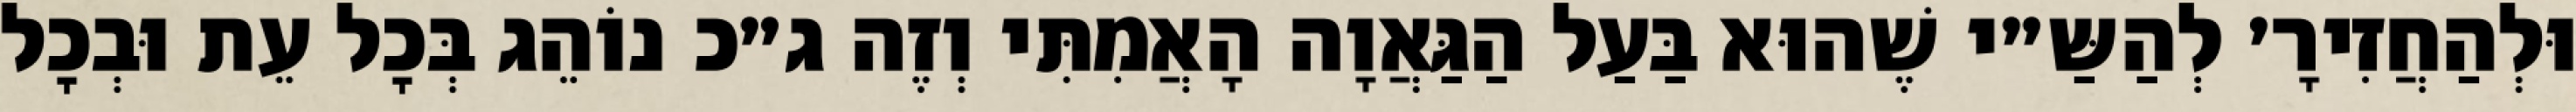
וּלְהַחֲזִירָ׳ לְהַשַּ״י שֶׁהוּא בַּעַל הַגַּאֲוָה הָאֲמִתִּי וְזֶה ג״כ נוֹהֵג בְּכׇל עֵת וּבְכׇל